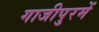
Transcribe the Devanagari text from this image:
गाजीपुरमें